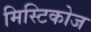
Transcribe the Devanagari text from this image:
मिस्टिकोज